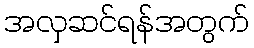
အလှဆင်ရန်အတွက်